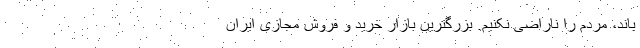
باند، مردم را ناراضی نکنیم. بزرگترین بازار خرید و فروش مجازی ایران